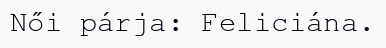
Női párja: Feliciána.